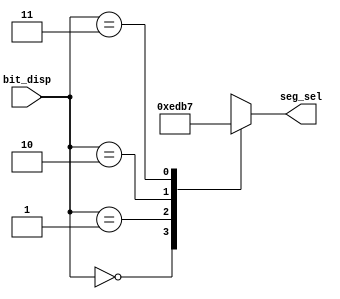
`timescale 1ns / 1ps
//////////////////////////////////////////////////////////////////////////////////
// Company: 
// Engineer: 
// 
// Design Name: 
// Module Name: digitron_sel_decoder
// Project Name: 
// Target Devices: 
// Tool Versions: 
// Description: 
// Another basic demo that helps to show the digits.
// Dependencies: 
// 
// Revision:
// Revision 0.01 - File Created
// Additional Comments:
// 
//////////////////////////////////////////////////////////////////////////////////


module digitron_sel_decoder(
    input [1:0]bit_disp,
    output [3:0]seg_sel
    );

    reg [3:0] seg_sel_reg;

    always@(bit_disp)
    case(bit_disp)
        2'b00 : seg_sel_reg = 4'b1110;
        2'b01 : seg_sel_reg = 4'b1101;
        2'b10 : seg_sel_reg = 4'b1011;
        2'b11 : seg_sel_reg = 4'b0111;
        default : seg_sel_reg = 4'b1111;
    endcase

    assign seg_sel = seg_sel_reg;
endmodule